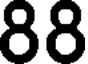
88